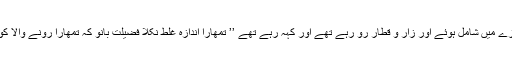
اس کے جنازے میں شامل ہوئے اور زار و قطار رو رہے تھے اور کہہ رہے تھے ’’ تمھارا اندازہ غلط نکلا فضیلت بانو کہ تمھارا رونے والا کوئی نہیں بچا۔